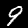
Digit: 9